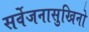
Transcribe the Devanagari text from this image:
सर्वेजनासुखिनो